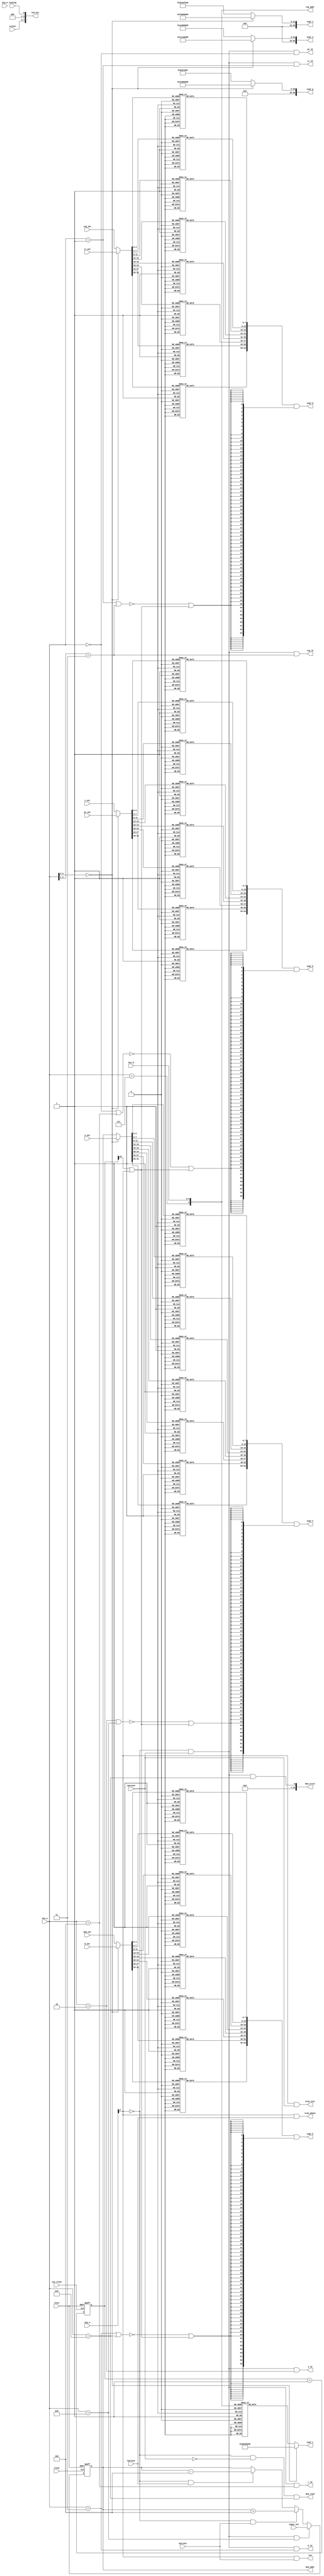

// @file debugger.v
// @breif 
// @author Yusuke Matsunaga ( )
//
// Copyright (C) 2019 Yusuke Matsunaga
// All rights reserved.
//
// []
// * HEX_A, HEX_B  7SEG-LED 
// * HEX_A, HEX_B 
// *  MAR 
//
// HEX_A, HEX_B
//     0,     - | PC
//     1,     - | IR
//     2,     - | A
//     3,     - | B
//     4,     - | C
//     5,     - | 
//     6,     d | reg[d]
//     7,     d | reg[d + 16]
//     8,     - | MAR
//     9,     - | memory
//
// []
// sys_clock:  
// reset:      
// clock:      
// input_val:  
// button1:    psw_b4 1
// button2:    psw_c4 1
// button3:    psw_d4 1
// run:        run 
// step_phase: step_phase 
// step_inst:  step_inst 
// hex_a:      A
// hex_b:      B
// dip_a:      DIPA
// dip_b:      DIPB
// pc_out:     PC
// pc_ld:      PC
// ir_out:     IR
// ir_ld:      IR
// reg_out:    
// reg_addr:   
// reg_ld:     
// a_out:      A
// a_ld:       A
// b_out:      B
// b_ld:       B
// c_out:      C
// c_ld:       C
// mem_addr:   
// mem_out:    
// mem_read:   
// mem_write:  
// seg7_a:     MU500-7SEGA(8 x 8)
// seg7_b:     MU500-7SEGB(8 x 8)
// seg7_c:     MU500-7SEGC(8 x 8)
// seg7_d:     MU500-7SEGD(8 x 8)
// seg7_e:     MU500-7SEGE(8 x 8)
// seg7_f:     MU500-7SEGF(8 x 8)
// seg7_g:     MU500-7SEGG(8 x 8)
// seg7_h:     MU500-7SEGH(8 x 8)
module debugger(input         sys_clock,
		input 	      reset,
		input 	      clock,
		input [31:0]  input_val,
		input 	      button1,
		input 	      button2,
		input 	      button3,
		output 	      run,
		output 	      step_phase,
		output 	      step_inst,
		input [3:0]   cstate,
		input 	      running,
		input [3:0]   hex_a,
		input [3:0]   hex_b,
		input [7:0]   dip_a,
		input [7:0]   dip_b,
		input [31:0]  pc_out,
		output 	      pc_ld,
		input [31:0]  ir_out,
		output 	      ir_ld,
		input [31:0]  reg_out,
		output [4:0]  reg_addr,
		output 	      reg_ld,
		input [31:0]  a_out,
		output 	      a_ld,
		input [31:0]  b_out,
		output 	      b_ld,
		input [31:0]  c_out,
		output 	      c_ld,
		output [31:0] mem_addr,
		input [31:0]  mem_out,
		output [31:0] mem_read,
		output [31:0] mem_write,
		output [63:0] seg7_a,
		output [63:0] seg7_b,
		output [63:0] seg7_c,
		output [63:0] seg7_d,
		output [63:0] seg7_e,
		output [63:0] seg7_f,
		output [63:0] seg7_g,
		output [63:0] seg7_h,
		output [7:0]  led_out);

   // 'P' 
   parameter [7:0] PAT_P = 8'b1100_1110;
   // 'c' 
   parameter [7:0] PAT_C = 8'b0001_1010;
   // 'I' 
   parameter [7:0] PAT_I = 8'b0110_0000;
   // 'r' 
   parameter [7:0] PAT_R = 8'b0000_1010;
   // 'a' 
   parameter [7:0] PAT_A = 8'b1111_1010;
   // 'b' 
   parameter [7:0] PAT_B = 8'b0011_1110;
   // 'n' 
   parameter [7:0] PAT_N = 8'b0010_1010;
   // 'd' 
   parameter [7:0] PAT_D = 8'b0111_1010;
   // '0' 
   parameter [7:0] PAT_0 = 8'b1111_1100;
   // '1' 
   parameter [7:0] PAT_1 = 8'b0110_0000;
   // '2' 
   parameter [7:0] PAT_2 = 8'b1101_1010;
   // '3' 
   parameter [7:0] PAT_3 = 8'b1111_0010;
   // '4' 
   parameter [7:0] PAT_4 = 8'b0110_0110;
   // '5' 
   parameter [7:0] PAT_5 = 8'b1011_0110;
   // '6' 
   parameter [7:0] PAT_6 = 8'b1011_1110;
   // '7' 
   parameter [7:0] PAT_7 = 8'b1110_0000;
   // '8' 
   parameter [7:0] PAT_8 = 8'b1111_1110;
   // '9' 
   parameter [7:0] PAT_9 = 8'b1110_0110;

   // PC
   parameter [63:0] PAT_PC = {32'b0, PAT_P, PAT_C, 16'b0};

   // IR
   parameter [63:0] PAT_IR = {32'b0, PAT_I, PAT_R, 16'b0};

   // a
   parameter [63:0] PAT_AREG = {32'b0, PAT_A, 24'b0};

   // b
   parameter [63:0] PAT_BREG = {32'b0, PAT_B, 24'b0};

   // c
   parameter [63:0] PAT_CREG = {32'b0, PAT_C, 24'b0};

   // MAR
   parameter [63:0] PAT_MAR = {32'b0, PAT_N, PAT_N, PAT_A, PAT_R};

   // MEM
   parameter [63:0] PAT_MEM = {32'b0, PAT_N, PAT_N, PAT_D, PAT_R};

   // R00 
   parameter [63:0] PAT_R00 = {32'b0, PAT_R, PAT_0, PAT_0, 8'b0};

   // R01 
   parameter [63:0] PAT_R01 = {32'b0, PAT_R, PAT_0, PAT_1, 8'b0};

   // R02 
   parameter [63:0] PAT_R02 = {32'b0, PAT_R, PAT_0, PAT_2, 8'b0};

   // R03 
   parameter [63:0] PAT_R03 = {32'b0, PAT_R, PAT_0, PAT_3, 8'b0};

   // R04 
   parameter [63:0] PAT_R04 = {32'b0, PAT_R, PAT_0, PAT_4, 8'b0};

   // R05 
   parameter [63:0] PAT_R05 = {32'b0, PAT_R, PAT_0, PAT_5, 8'b0};

   // R06 
   parameter [63:0] PAT_R06 = {32'b0, PAT_R, PAT_0, PAT_6, 8'b0};

   // R07 
   parameter [63:0] PAT_R07 = {32'b0, PAT_R, PAT_0, PAT_7, 8'b0};

   // R08 
   parameter [63:0] PAT_R08 = {32'b0, PAT_R, PAT_0, PAT_8, 8'b0};

   // R09 
   parameter [63:0] PAT_R09 = {32'b0, PAT_R, PAT_0, PAT_9, 8'b0};

   // R10 
   parameter [63:0] PAT_R10 = {32'b0, PAT_R, PAT_1, PAT_0, 8'b0};

   // R11 
   parameter [63:0] PAT_R11 = {32'b0, PAT_R, PAT_1, PAT_1, 8'b0};

   // R12 
   parameter [63:0] PAT_R12 = {32'b0, PAT_R, PAT_1, PAT_2, 8'b0};

   // R13 
   parameter [63:0] PAT_R13 = {32'b0, PAT_R, PAT_1, PAT_3, 8'b0};

   // R14 
   parameter [63:0] PAT_R14 = {32'b0, PAT_R, PAT_1, PAT_4, 8'b0};

   // R15 
   parameter [63:0] PAT_R15 = {32'b0, PAT_R, PAT_1, PAT_5, 8'b0};

   // R16 
   parameter [63:0] PAT_R16 = {32'b0, PAT_R, PAT_1, PAT_6, 8'b0};

   // R17 
   parameter [63:0] PAT_R17 = {32'b0, PAT_R, PAT_1, PAT_7, 8'b0};

   // R18 
   parameter [63:0] PAT_R18 = {32'b0, PAT_R, PAT_1, PAT_8, 8'b0};

   // R19 
   parameter [63:0] PAT_R19 = {32'b0, PAT_R, PAT_1, PAT_9, 8'b0};

   // R20 
   parameter [63:0] PAT_R20 = {32'b0, PAT_R, PAT_2, PAT_0, 8'b0};

   // R21 
   parameter [63:0] PAT_R21 = {32'b0, PAT_R, PAT_2, PAT_1, 8'b0};

   // R22 
   parameter [63:0] PAT_R22 = {32'b0, PAT_R, PAT_2, PAT_2, 8'b0};

   // R23 
   parameter [63:0] PAT_R23 = {32'b0, PAT_R, PAT_2, PAT_3, 8'b0};

   // R24 
   parameter [63:0] PAT_R24 = {32'b0, PAT_R, PAT_2, PAT_4, 8'b0};

   // R25 
   parameter [63:0] PAT_R25 = {32'b0, PAT_R, PAT_2, PAT_5, 8'b0};

   // R26 
   parameter [63:0] PAT_R26 = {32'b0, PAT_R, PAT_2, PAT_6, 8'b0};

   // R27 
   parameter [63:0] PAT_R27 = {32'b0, PAT_R, PAT_2, PAT_7, 8'b0};

   // R28 
   parameter [63:0] PAT_R28 = {32'b0, PAT_R, PAT_2, PAT_8, 8'b0};

   // R29 
   parameter [63:0] PAT_R29 = {32'b0, PAT_R, PAT_2, PAT_9, 8'b0};

   // R30 
   parameter [63:0] PAT_R30 = {32'b0, PAT_R, PAT_3, PAT_0, 8'b0};

   // R31 
   parameter [63:0] PAT_R31 = {32'b0, PAT_R, PAT_3, PAT_1, 8'b0};

   // 
   function page_func(input [3:0] hex_a);
      page_func = ~(hex_a[3:2] == 2'b00);
   endfunction // page_func

   // 47SEG-LED
   function [7:0] decode_func(input [3:0] in);
      // 1 7SEG LED 
      // 
      parameter [7:0] SEG_0 = 8'b1111_1100;
      parameter [7:0] SEG_1 = 8'b0110_0000;
      parameter [7:0] SEG_2 = 8'b1101_1010;
      parameter [7:0] SEG_3 = 8'b1111_0010;
      parameter [7:0] SEG_4 = 8'b0110_0110;
      parameter [7:0] SEG_5 = 8'b1011_0110;
      parameter [7:0] SEG_6 = 8'b1011_1110;
      parameter [7:0] SEG_7 = 8'b1110_0000;
      parameter [7:0] SEG_8 = 8'b1111_1110;
      parameter [7:0] SEG_9 = 8'b1111_0110;
      parameter [7:0] SEG_A = 8'b1110_1110;
      parameter [7:0] SEG_B = 8'b0011_1110;
      parameter [7:0] SEG_C = 8'b0001_1010;
      parameter [7:0] SEG_D = 8'b0111_1010;
      parameter [7:0] SEG_E = 8'b1001_1110;
      parameter [7:0] SEG_F = 8'b1000_1110;
      case ( in )
	4'h0: decode_func = SEG_0;
	4'h1: decode_func = SEG_1;
	4'h2: decode_func = SEG_2;
	4'h3: decode_func = SEG_3;
	4'h4: decode_func = SEG_4;
	4'h5: decode_func = SEG_5;
	4'h6: decode_func = SEG_6;
	4'h7: decode_func = SEG_7;
	4'h8: decode_func = SEG_8;
	4'h9: decode_func = SEG_9;
	4'hA: decode_func = SEG_A;
	4'hB: decode_func = SEG_B;
	4'hC: decode_func = SEG_C;
	4'hD: decode_func = SEG_D;
	4'hE: decode_func = SEG_E;
	4'hF: decode_func = SEG_F;
      endcase
   endfunction // decode

   // 8
   function [63:0] decode8_func(input [31:0] in);
      decode8_func = {decode_func(in[31:28]),
		      decode_func(in[27:24]),
		      decode_func(in[23:20]),
		      decode_func(in[19:16]),
		      decode_func(in[15:12]),
		      decode_func(in[11: 8]),
		      decode_func(in[ 7: 4]),
		      decode_func(in[ 3: 0])};
   endfunction // decode8_func

   // A
   function [63:0] a_func(input page);
      a_func = page ? PAT_CREG : PAT_PC;
   endfunction // a_func

   // C
   function [63:0] c_func(input page,
			  input [4:0] reg_addr);
      if ( page == 1'b0 ) begin
	 c_func = PAT_IR;
      end
      else begin
	 case ( reg_addr )
	   0: c_func = PAT_R00;
	   1: c_func = PAT_R01;
	   2: c_func = PAT_R02;
	   3: c_func = PAT_R03;
	   4: c_func = PAT_R04;
	   5: c_func = PAT_R05;
	   6: c_func = PAT_R06;
	   7: c_func = PAT_R07;
	   8: c_func = PAT_R08;
	   9: c_func = PAT_R09;
	  10: c_func = PAT_R10;
	  11: c_func = PAT_R11;
	  12: c_func = PAT_R12;
	  13: c_func = PAT_R13;
	  14: c_func = PAT_R14;
	  15: c_func = PAT_R15;
	  16: c_func = PAT_R16;
	  17: c_func = PAT_R17;
	  18: c_func = PAT_R18;
	  19: c_func = PAT_R19;
	  20: c_func = PAT_R20;
	  21: c_func = PAT_R21;
	  22: c_func = PAT_R22;
	  23: c_func = PAT_R23;
	  24: c_func = PAT_R24;
	  25: c_func = PAT_R25;
	  26: c_func = PAT_R26;
	  27: c_func = PAT_R27;
	  28: c_func = PAT_R28;
	  29: c_func = PAT_R29;
	  30: c_func = PAT_R30;
	  31: c_func = PAT_R31;
	 endcase
      end
   endfunction // c_func

   // E
   function [63:0] e_func(input page);
      e_func = page ? PAT_MAR : PAT_AREG;
   endfunction // e_func

   // G
   function [63:0] g_func(input page);
      g_func = page ? PAT_MEM : PAT_BREG;
   endfunction // g_func

   // B
   function [63:0] b_func(input        page,
			  input [31:0] in1,
			  input [31:0] in2);
      b_func = decode8_func(page ? in2 : in1);
   endfunction // b_func

   // 
   function [63:0] blink_func(input sel,
			      input blink);
      blink_func = {64{~sel | blink}};
   endfunction // blink_func

   // MAR
   reg [31:0] 		    mar;
   wire 		    mar_ld;
   wire 		    mar_inc;
   wire 		    mar_dec;
   always @ ( posedge clock or negedge reset ) begin
      if ( !reset ) begin
	 mar <= 32'b0;
      end
      else if ( mar_ld ) begin
	 mar <= input_val;
      end
      else if ( mar_inc ) begin
	 mar <= mar + 32'd4;
      end
      else if ( mar_dec ) begin
	 mar <= mar - 32'd4;
      end
   end

   // 
   reg [23:0] seg7_blink_count;
   // 
   wire blink;
   // assign blink = seg7_blink_count[23] | ~input_mode;

   // 
   // blink   1.2 
   always @ ( posedge sys_clock or negedge reset ) begin
      if ( !reset ) begin
	 seg7_blink_count <= 24'b0;
      end
      else begin
	 seg7_blink_count <= seg7_blink_count + 24'b1;
      end
   end

   assign reg_addr = {(hex_a == 4'b0111), hex_b};

   // 0: 11: 2
   wire  			       page;
   // PC 
   wire 			       pc_sel;
   // IR 
   wire 			       ir_sel;
   // A
   wire 			       a_sel;
   // B
   wire 			       b_sel;
   // C
   wire 			       c_sel;
   // 
   wire 			       reg_sel;
   // MAR
   wire 			       mar_sel;
   // 
   wire 			       mem_sel;
   // 
   wire 			       input_mode;

   assign page   = page_func(hex_a);
   assign pc_sel = (hex_a == 4'b0000);
   assign ir_sel = (hex_a == 4'b0001);
   assign a_sel  = (hex_a == 4'b0010);
   assign b_sel  = (hex_a == 4'b0011);
   assign c_sel  = (hex_a == 4'b0100);
   assign reg_sel = (hex_a[3:1] == 3'b011);
   assign mar_sel = (hex_a == 4'b1000);
   assign mem_sel = (hex_a == 4'b1001);

   // dip-A0
   // 
   assign input_mode = ~dip_a[0];

   assign seg7_a = a_func(page);
   assign seg7_b = b_func(page, pc_out, c_out)   & blink_func(pc_sel | c_sel, blink);
   assign seg7_c = c_func(page, reg_addr);
   assign seg7_d = b_func(page, ir_out, reg_out) & blink_func(ir_sel | reg_sel, blink);
   assign seg7_e = e_func(page);
   assign seg7_f = b_func(page, a_out, mar)      & blink_func(a_sel | mar_sel, blink);
   assign seg7_g = g_func(page);
   assign seg7_h = b_func(page, b_out, mem_out)  & blink_func(b_sel | mem_sel, blink);

   assign run        = !input_mode & button1;
   assign step_phase = !input_mode & button2;
   assign step_inst  = !input_mode & button3;
   assign pc_ld      =  input_mode & button3 & pc_sel;
   assign ir_ld      =  input_mode & button3 & ir_sel;
   assign a_ld       =  input_mode & button3 & a_sel;
   assign b_ld       =  input_mode & button3 & b_sel;
   assign c_ld       =  input_mode & button3 & c_sel;
   assign reg_ld     =  input_mode & button3 & reg_sel;
   assign mar_ld     =  input_mode & button3 & mar_sel;
   assign mar_inc    =  input_mode & button1;
   assign mar_dec    =  input_mode & button2;
   assign mem_addr   = mar;
   assign mem_write  =  input_mode & button3 & mem_sel;
   assign mem_read   =  input_mode & ~button3 & mem_sel;

   assign blink = seg7_blink_count[23] | ~input_mode;

   assign led_out = {cstate, 3'b0, running};


endmodule // debugger